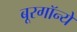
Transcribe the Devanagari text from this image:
बूरगॉन्ये